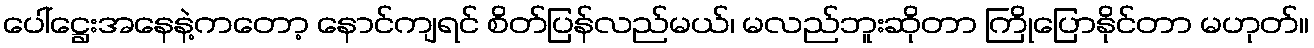
ပေါ်ဋ္ဌေးအနေနဲ့ကတော့ နောင်ကျရင် စိတ်ပြန်လည်မယ်၊ မလည်ဘူးဆိုတာ ကြိုပြောနိုင်တာ မဟုတ်။